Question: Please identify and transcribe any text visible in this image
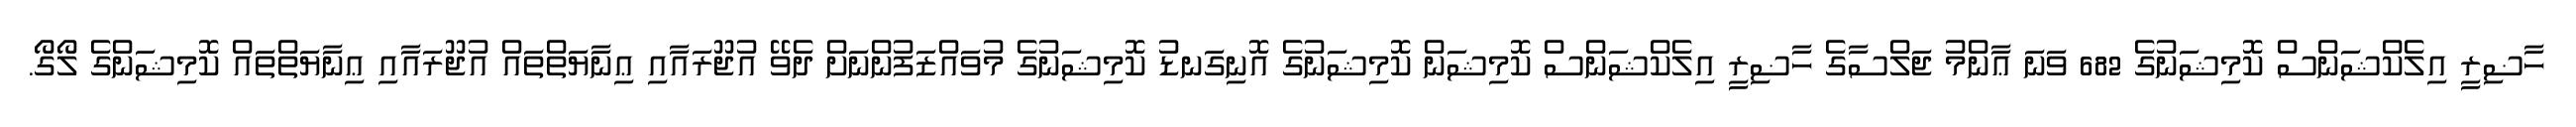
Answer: ހާޟިރީ އިލެކްޝަންސް ކޮމިޝަނުގެ 682 ވަނަ ޢާންމު ޖަލްސާގެ ހާޟިރީ އިލެކްޝަންސް ކޮމިޝަން ކޮމިޝަނުގެ އޮނިގަނޑު ކޮމިޝަނުގެ މުވައްޒަފުންނަށް ދެވޭ އުޖޫރައާއި ޢިނާޔަތްތައް އުޖޫރައާއި ޢިނާޔަތްތައް ކޮމިޝަންގެ ލޯގޯ.